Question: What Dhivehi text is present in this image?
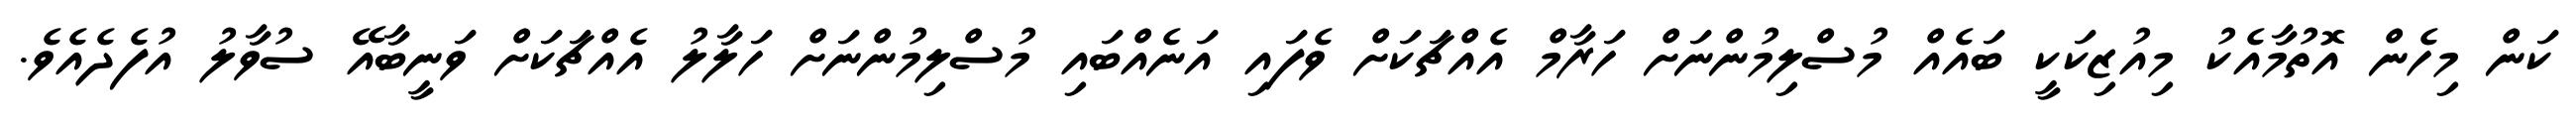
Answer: ކަން މިހެން އޮތުމާއެކު މިއުޒިކަކީ ބައެއް މުސްލިމުންނަށް ހަރާމް އެއްޗަކަށް ވެފައި އަނެއްބައި މުސްލިމުންނަށް ހަލާލު އެއްޗަކަށް ވަނީބާއޭ ސުވާލު އުފެދެއެވެ.